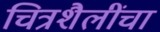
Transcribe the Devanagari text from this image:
चित्रशैलींचा